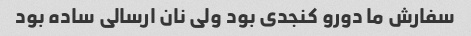
سفارش ما دورو کنجدی بود ولی نان ارسالی ساده بود